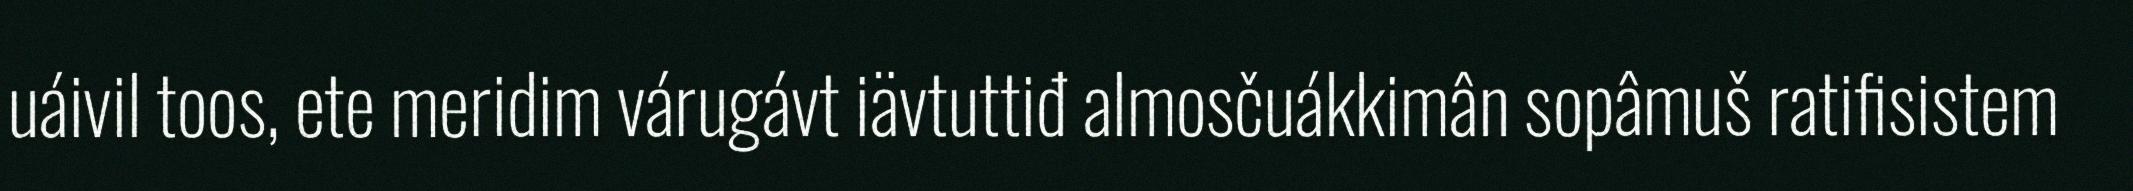
uáivil toos, ete meridim várugávt iävtuttiđ almosčuákkimân sopâmuš ratifisistem